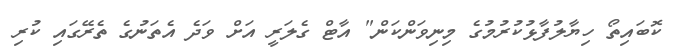
ކޮބައިތޯ ހިޔާލުފާޅުކުރުމުގެ މިނިވަންކަން" އާޓް ގެލަރީ އަށް ވަދެ އެތަނުގެ ތެރޭގައި ކުރި